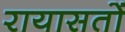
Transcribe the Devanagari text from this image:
रायासतों